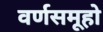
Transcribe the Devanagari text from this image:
वर्णसमूहो